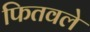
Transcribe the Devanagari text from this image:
फितवले